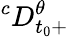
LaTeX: ^cD_{t_{0}+}^{\theta}